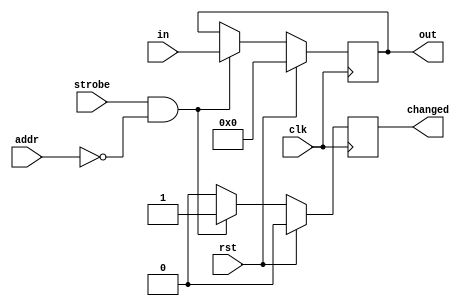
//
// Copyright 2011 Ettus Research LLC
//
// This program is free software: you can redistribute it and/or modify
// it under the terms of the GNU General Public License as published by
// the Free Software Foundation, either version 3 of the License, or
// (at your option) any later version.
//
// This program is distributed in the hope that it will be useful,
// but WITHOUT ANY WARRANTY; without even the implied warranty of
// MERCHANTABILITY or FITNESS FOR A PARTICULAR PURPOSE.  See the
// GNU General Public License for more details.
//
// You should have received a copy of the GNU General Public License
// along with this program.  If not, see <http://www.gnu.org/licenses/>.
//



module setting_reg
  #(parameter my_addr = 0, 
    parameter width = 32,
    parameter at_reset=32'd0)
    (input clk, input rst, input strobe, input wire [7:0] addr,
     input wire [31:0] in, output reg [width-1:0] out, output reg changed);
   
   always @(posedge clk)
     if(rst)
       begin
	  out <= at_reset;
	  changed <= 1'b0;
       end
     else
       if(strobe & (my_addr==addr))
	 begin
	    out <= in;
	    changed <= 1'b1;
	 end
       else
	 changed <= 1'b0;
   
endmodule // setting_reg